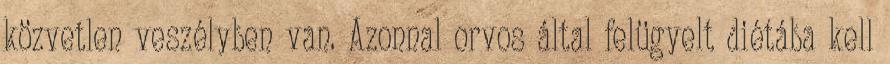
közvetlen veszélyben van. Azonnal orvos által felügyelt diétába kell